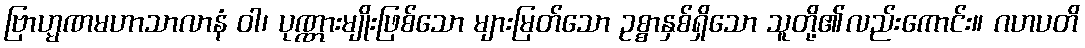
ဗြာဟ္မဏမဟာသာလာနံ ဝါ၊ ပုဏ္ဏားမျိုးဖြစ်သော များမြတ်သော ဥစ္စာနှစ်ရှိသော သူတို့၏လည်းကောင်း။ ဂဟပတိ